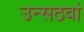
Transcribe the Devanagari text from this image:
उन्सठवां